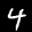
Label: 4